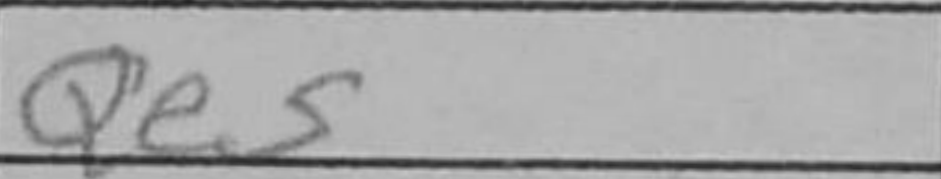
Transcription: Qe5